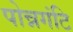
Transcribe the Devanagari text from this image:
पोन्नगंटि